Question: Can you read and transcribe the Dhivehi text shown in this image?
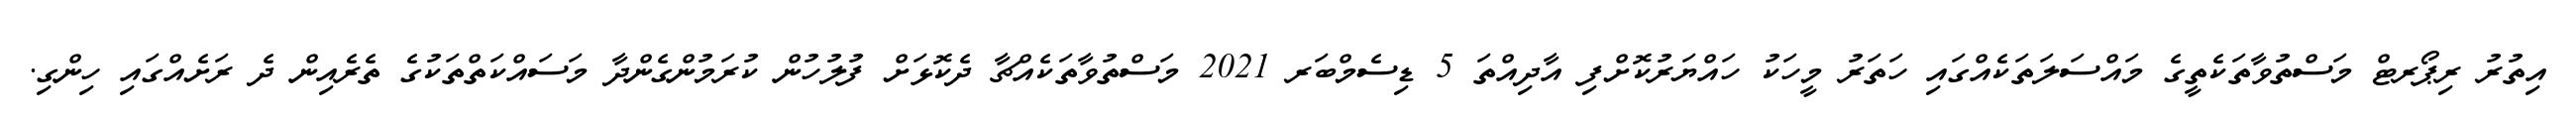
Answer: އިތުރު ރިޕޯރޓް މަސްތުވާތަކެތީގެ މައްސަލަތަކެއްގައި ހަތަރު މީހަކު ހައްޔަރުކޮށްފި އާދިއްތަ 5 ޑިސެމްބަރ 2021 މަސްތުވާތަކެއްޗާ ދެކޮޅަށް ފުލުހުން ކުރަމުންގެންދާ މަސައްކަތްތަކުގެ ތެރެއިން ދެ ރަށެއްގައި ހިންގި.